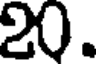
20.